Vaccination in Bombay 1869-1873 - 1869-1873
Year: 1869
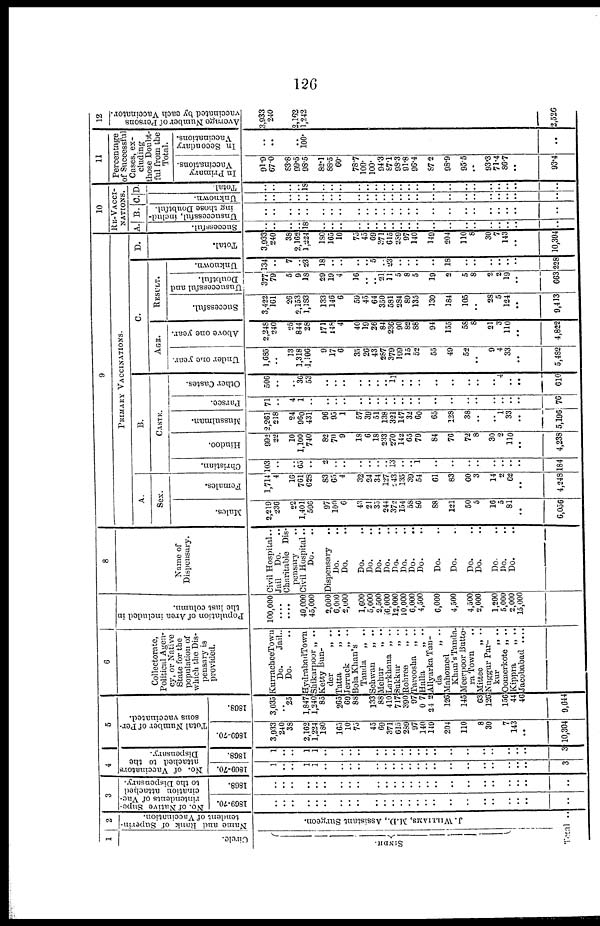
126
1
Circle.
SINDH.
2
Name and Rank of Superin-
tendent of Vaccination.
J.WILLIANS, M.D., Assistant Surgeon.
Total ..
3
No. of Native Supe-
rintendents of Vac-
cination attached
to the Dispensary.
1869-70.
..
..
..
..
..
..
..
..
..
..
..
..
..
..
..
..
..
..
..
..
..
..
..
..
..
1868.
..
..
..
..
..
..
..
..
..
..
..
..
..
..
..
..
..
..
..
..
..
..
..
..
..
4
No. of Vaccinators
attached to the
Dispensary.
1869-70.
1
..
..
1
1
..
..
..
..
..
..
..
..
..
..
..
..
..
..
..
..
..
..
..
3
1868.
1
..
..
1
1
..
..
..
..
..
..
..
..
..
..
..
..
..
..
..
..
..
..
..
3
5
Total Number of Per-
sons vaccinated.
1869-70.
3,933
240
38
2,162
1,224
180
165
10
75
45
69
371
615
289
97
140
149
204
110
8
30
7
143
..
10,304
1868.
3,035
.. 25
1,847
1,240
85
265
69
88
133
88
410
717
390
97
0 7
242
126
145
63
126
156
44
46
9,644
6
Collectorate,
Political Agen-
cy, or Native
State for the
population of
which the Dis-
pensary is
provided.
KurracheeTown
Do.
Jail..
Do. ..
HydrabadTown
Shikurpoor „ ..
Ketty Bun-
Der „ ..
Tatta „ ..
Jerruck
„ ..
Bola Khan's
Tanda
„ ..
Sehwan „ ..
Mehur
„ ..
Larkhana „ ..
Sukkur
„ ..
Rohree
„ ..
Taroosha „ ..
Halla
„ ..
AllyarkaTan-
da
„ ..
Mahomed
Khan's Tanda.
Meerpoor Butto-
ra Town ..
Mittee
„ ..
Nuggur Par-
kur
„ ..
Oomerkote „ ..
Kippra
„ ..
Jacobabad ....
7
Population of Area included in
the last column.
100,000
....
....
40,000
45,000
2,000
6,000
2,000
1,600
5,000
2,500
16,000
12,000
10,000
6,000
4,500
6,000
4,500
4,500
2,000
1,200
5,000
2,000
15,000
8
Name of
Dispensary.
Civil Hospital..
Jail
Do. ..
Charitable Dis-
pensary
Civil Hospital..
Do ..
Dispensary ..
Do. ..
Do. ..
Do. ..
Do. ..
Do. ..
Do. ..
Do. ..
Do. ..
Do. ..
Do. ..
Do. ..
Do. ..
Do. ..
Do.
Do. ..
Do. ..
Do. ..
..
9
PRIMARY VACCINATIONS.
A.
SEX.
Males.
2,219
236
22
1,401
596
97
100
6
43
21
35
244
372
154
58
86
88
121
50
5
16
5
81
..
6,056
Females.
1,714
4
16
761
628
83
65
4
32
24
34
127
243
135
39
54
61
83
60
3
14
2
62
..
4,248
B.
CASTE.
Christian.
103
..
..
65
..
2
..
..
..
..
..
.. 13
..
.. 1
..
..
..
..
..
..
..
..
184
Hindoo.
992
22
10
1,100
740
82
70
9
18
6
18
233
270
142
65
79
84
76
72
8
30
2
110
..
4,238
Mussulman.
2,261
218
24
960
431
96
95
1
57
30
51
138
321
147
32
60
65
128
38
..
..
1
33
..
5,196
Parsee
71
..
4
1
..
..
..
..
..
..
..
..
..
..
..
..
..
..
..
..
..
..
..
..
76
Other Castes.
506
..
..
36
53
..
..
..
..
..
..
.. 11
..
..
..
..
..
..
..
..
4
..
..
610
C.
AGE
Under one year.
1,685
..
13
1,318
1,196
9
17
6
35
26
43
287
379
199
15
52
55
49
52
..
9
4
33
..
5,482
Above one year.
2,248
240
25
844
28
171
148
4
40
19
26
84
236
90
82
88
94
155
58
8
21
3
110
..
4,822
RESULT.
Successful.
3,422
161
26
2,153
1,183
133
146
6
59
45
64
350
581
284
89
135
130
184
105
..
28
5
124
..
9,413
Unsuccessful and
Doubtful.
377
79
5
9
18
29
19
4
16
..
.. 21
11
5
8
5
19
2
5
8
2
2
19
..
663
Unknown.
134
..
7
.. 23
18
..
..
..
.. 5
.. 23
..
..
..
..
18
..
..
..
..
..
..
228
D.
Total.
3,933
240
38
2,162
1,224
180
165
10
75
45
69
371
615
289
97
140
149
204
110
8
30
7
143
..
10,304
10
RE-VACCI¬
NATIONS.
A
Successful.
..
..
..
.. 18
..
..
..
..
..
..
..
..
..
..
..
..
..
..
..
..
..
..
..
..
B.
Unsuccessful, includ-
ing those Doubtful.
..
..
..
..
..
..
..
..
..
..
..
..
..
..
..
..
..
..
..
..
..
..
..
..
..
C
Unknown.
..
..
..
..
..
..
..
..
..
..
..
..
..
..
..
..
..
..
..
..
..
..
..
..
..
D
Total.
..
..
..
..
18
..
..
..
..
..
..
..
..
..
..
..
..
..
..
..
..
..
..
..
..
11
Percentage
of Successfu
Cases, ex-
cluding
those Doubt-
ful from the
Total.
In Primary
Vaccinations.
91.9
67.0
83.8
99.5
98.5
82.1
88.5
60.
78.7
100.
100.
94.3
87.1
98.3
91.8
96.4
87 2
98.9
95.5
..
93.3
71.4
86.7
..
93.4
In Secondary
Vaccinations.
..
..
.. 100.
..
12
Average Number of Persons
vaccinated by each Vaccinator.
3,933
240
2, 162
1,242
2,526